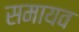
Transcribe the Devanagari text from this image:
समायव